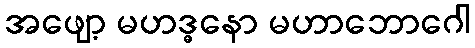
အဖျော့ မဟဒ္ဓနော မဟာဘောဂေါ